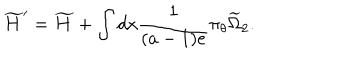
LaTeX: \widetilde { H } ^ { \prime } = \widetilde H + \int d x \frac { 1 } { ( a - 1 ) e } \pi _ { \theta } \widetilde { \Omega } _ { 2 } .